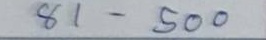
81 - 500